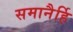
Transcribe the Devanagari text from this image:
समानैर्हि